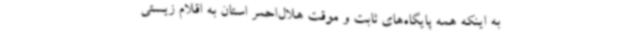
به اینکه همه پایگاه‌های ثابت و موقت هلال‌احمر استان به اقلام زیستی